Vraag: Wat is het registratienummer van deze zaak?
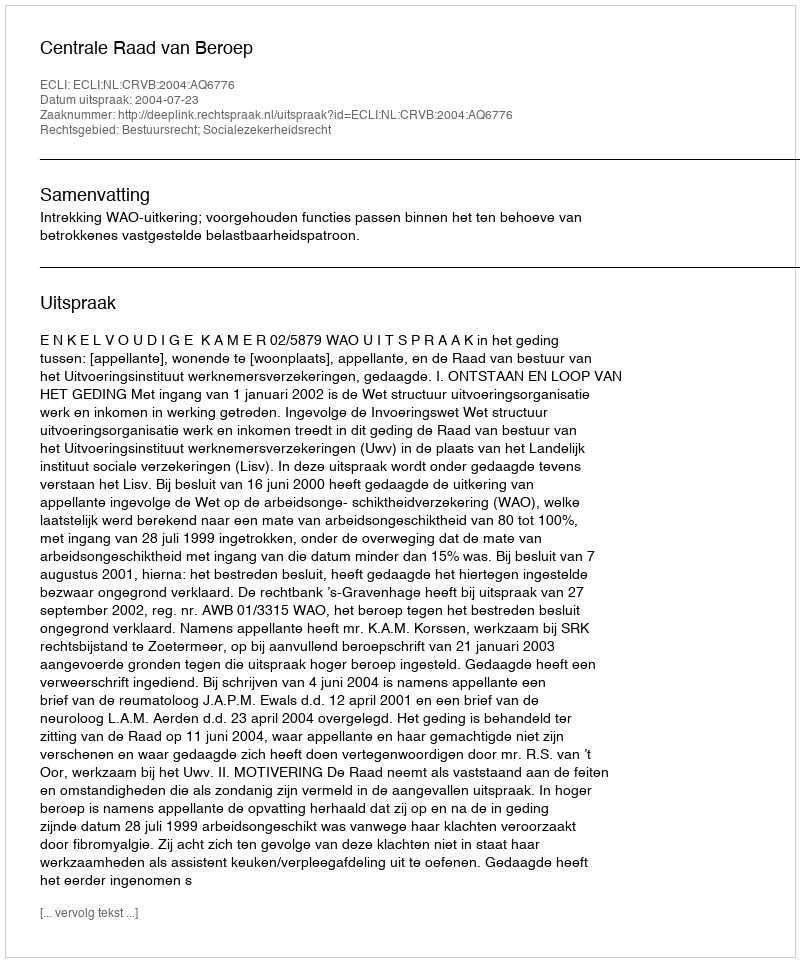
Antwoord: http://deeplink.rechtspraak.nl/uitspraak?id=ECLI:NL:CRVB:2004:AQ6776